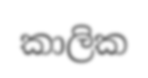
කාලික